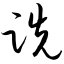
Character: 跣